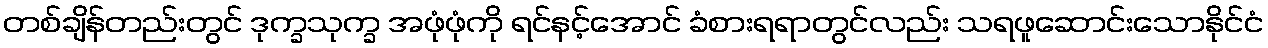
တစ်ချိန်တည်းတွင် ဒုက္ခသုက္ခ အဖုံဖုံကို ရင်နင့်အောင် ခံစားရရာတွင်လည်း သရဖူဆောင်းသောနိုင်ငံ